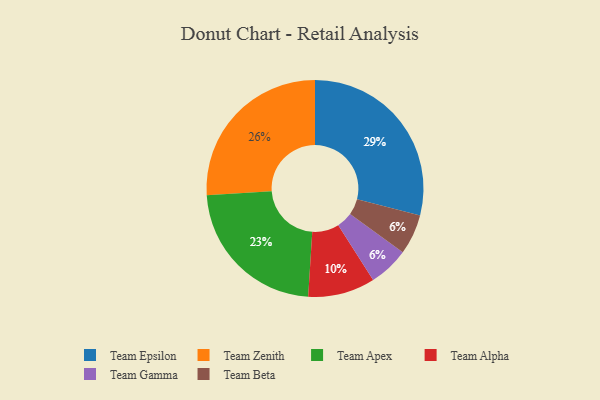
{"axis": {"x": "Category", "y": "Percentage"}, "legend": ["Team Alpha", "Team Apex", "Team Beta", "Team Epsilon", "Team Gamma", "Team Zenith"], "data": [{"x": "Team Zenith", "y": 26, "type": "Team Zenith"}, {"x": "Team Gamma", "y": 6, "type": "Team Gamma"}, {"x": "Team Apex", "y": 23, "type": "Team Apex"}, {"x": "Team Epsilon", "y": 29, "type": "Team Epsilon"}, {"x": "Team Beta", "y": 6, "type": "Team Beta"}, {"x": "Team Alpha", "y": 10, "type": "Team Alpha"}]}